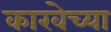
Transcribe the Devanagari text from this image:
काखेच्या